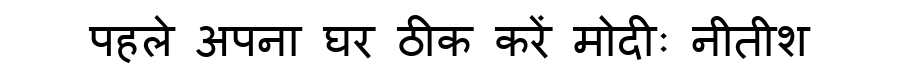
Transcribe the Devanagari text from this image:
पहले अपना घर ठीक करें मोदीः नीतीश